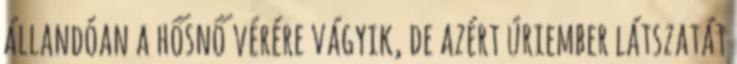
állandóan a hősnő vérére vágyik, de azért úriember látszatát